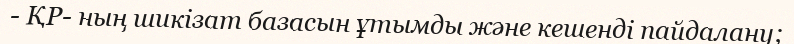
- ҚР- ның шикізат базасын ұтымды және кешенді пайдалану;